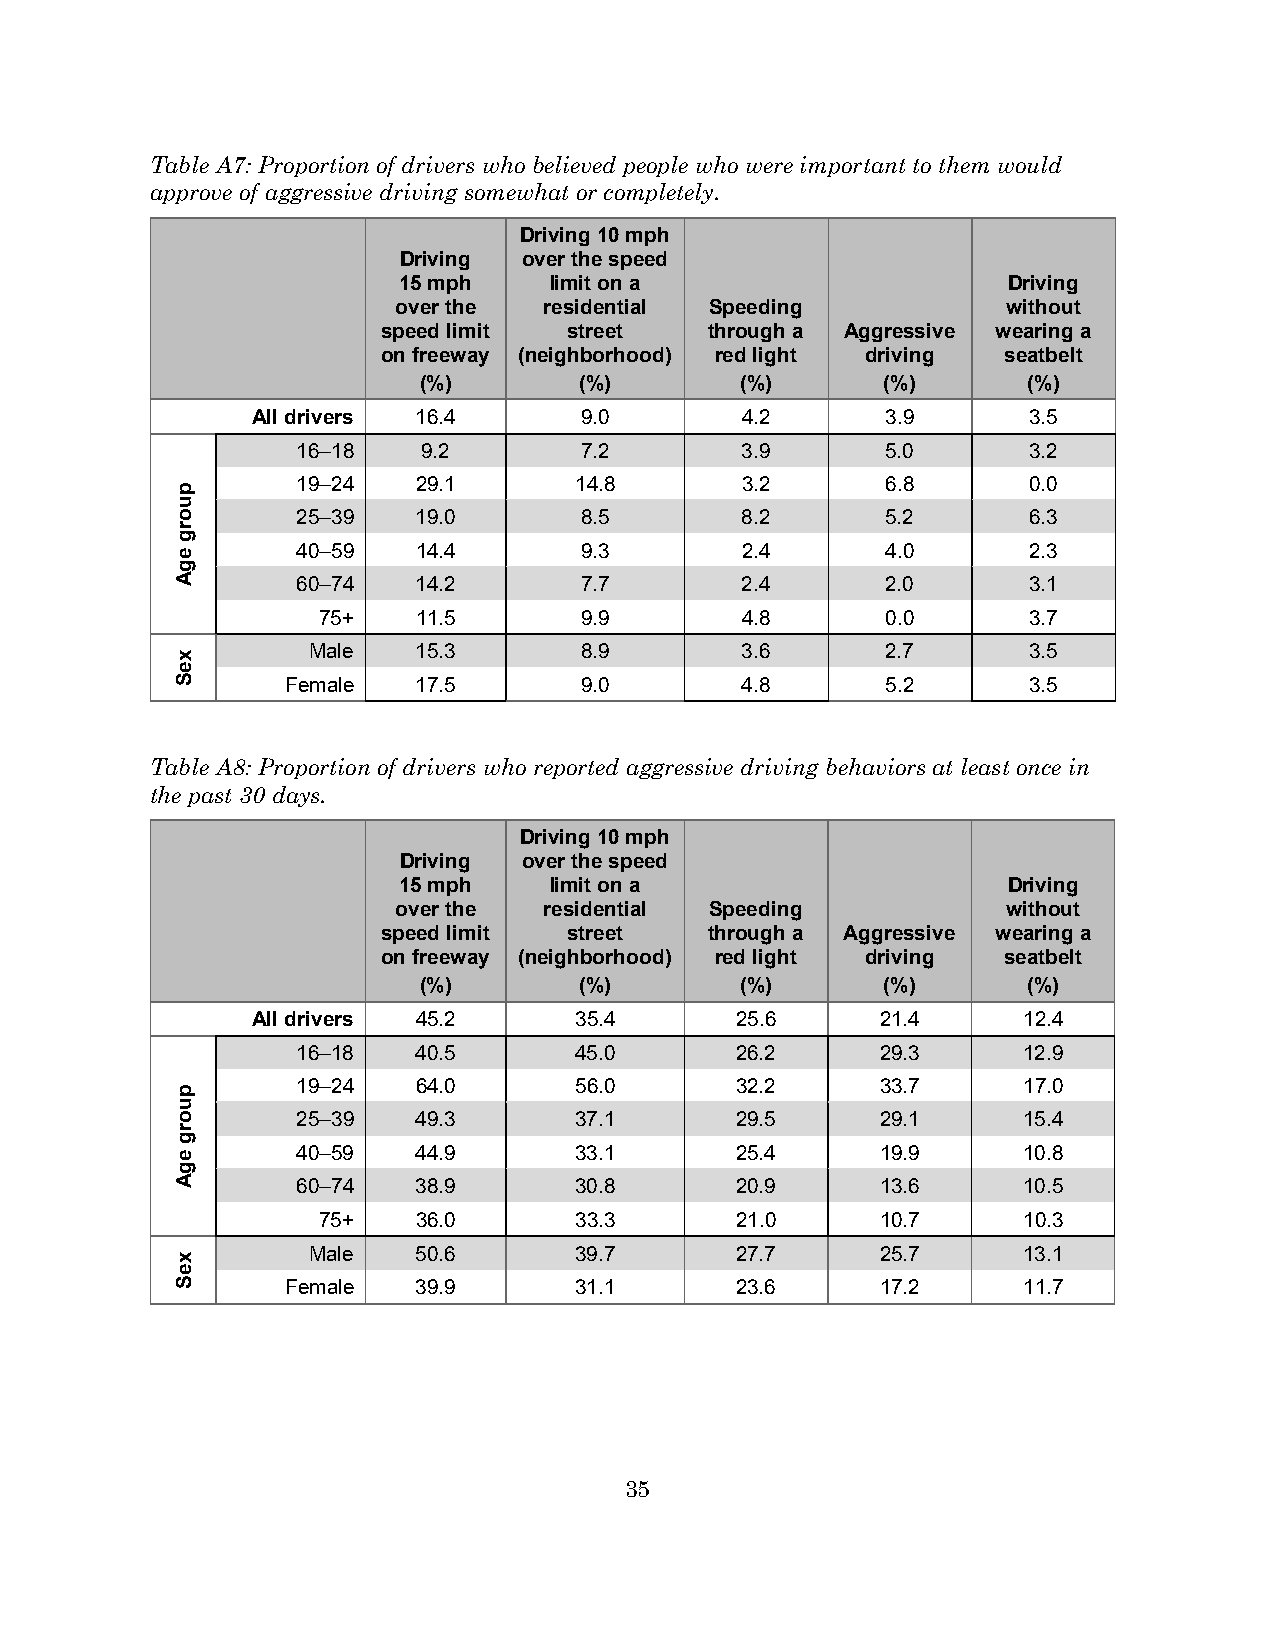
Table A7: Proportion of drivers who believed people who were important to them would
 approve of aggressive driving somewhat or completely.
 Driving 10 mph
 Driving  over the speed
 15 mph    limit on a                     Driving
 over the  residential Speeding           without
 speed limit  street   through a Aggressive wearing a
 on freeway (neighborhood) red light driving seatbelt
 (%)       (%)        (%)      (%)       (%)
 All drivers 16.4     9.0        4.2       3.9      3.5
 16–18   9.2       7.2        3.9       5.0      3.2
 19–24   29.1      14.8       3.2       6.8      0.0
 25–39   19.0      8.5        8.2       5.2      6.3
 40–59   14.4      9.3        2.4       4.0      2.3
 60–74   14.2      7.7        2.4       2.0      3.1
 75+    11.5      9.9        4.8       0.0      3.7
 Male    15.3      8.9        3.6       2.7      3.5
 Female   17.5      9.0        4.8       5.2      3.5
 Table A8: Proportion of drivers who reported aggressive driving behaviors at least once in
 the past 30 days.
 Driving 10 mph
 Driving  over the speed
 15 mph    limit on a                     Driving
 over the  residential Speeding           without
 speed limit  street   through a Aggressive wearing a
 on freeway (neighborhood) red light driving seatbelt
 (%)       (%)        (%)      (%)       (%)
 All drivers 45.2     35.4       25.6     21.4      12.4
 16–18   40.5      45.0       26.2     29.3      12.9
 19–24   64.0      56.0       32.2     33.7      17.0
 25–39   49.3      37.1       29.5     29.1      15.4
 40–59   44.9      33.1       25.4     19.9      10.8
 60–74   38.9      30.8       20.9     13.6      10.5
 75+    36.0      33.3       21.0     10.7      10.3
 Male    50.6      39.7       27.7     25.7      13.1
 Female   39.9      31.1       23.6     17.2      11.7
 35
 puorg
 egA
 xeS
 puorg
 egA
 xeS